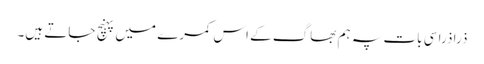
ذرا ذرا سی بات پہ ہم بھاگ کے اس کمرے میں پہنچ جاتے ہیں۔